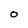
Character: O